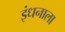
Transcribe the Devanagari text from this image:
इंधनाला